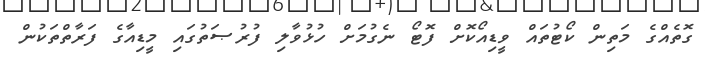
ގޮތެއްގެ މަތިން ކޯޓުތައް ވީޑިއޯކޮށް ފޮޓޯ ނެގުމަށް ހުޅުވާލި ފުރުޞަތުގައި މީޑިއާގެ ފަރާތްތަކުން